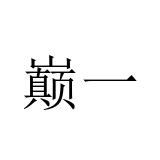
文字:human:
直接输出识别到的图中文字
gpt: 巅一